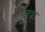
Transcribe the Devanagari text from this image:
व्यवंत